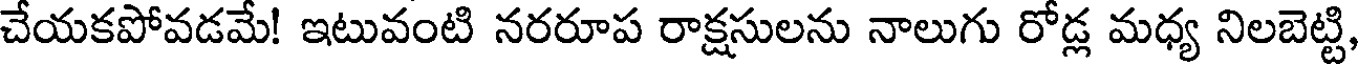
చేయకపోవడమే! ఇటువంటి నరరూప రాక్షసులను నాలుగు రోడ్ల మధ్య నిలబెట్టి